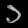
Digit: ၁